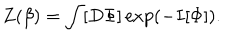
LaTeX: Z ( \beta ) = \int [ D \Phi ] \exp ( - I [ \Phi ] ) .